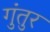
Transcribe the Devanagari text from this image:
गुंतुर